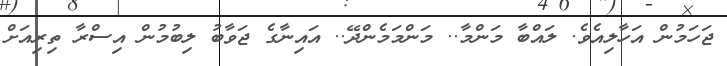
ޖަހަމުން އަހާލިއެވެ. ލައްބާ މަންމާ.. މަންމަމެންދޭ.. އައިނާގެ ޖަވާބު ލިބުމުން އިސްރާ ތިރިއަށް